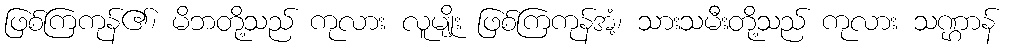
ဖြစ်ကြကုန်၏၊ မိဘတို့သည် ကုလား လူမျိုး ဖြစ်ကြကုန်အံ့၊ သားသမီးတို့သည် ကုလား သဏ္ဌာန်